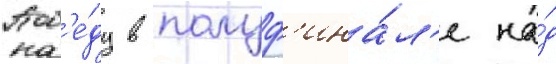
Поб'е́ду в полуф'ина́л'е на́д